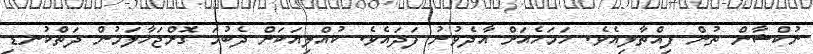
ނުކްޝާން ތުން ފިއްތާލިއެވެ. ހަމަހެއަށް އާދެވުނު ފަދައެވެ. ކުއްލިއަކަށް ދެބުމަ ގޮށްޖަހާލަމުން ދަތްކުނޑި